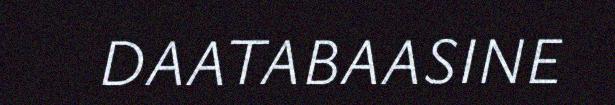
DAATABAASINE